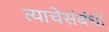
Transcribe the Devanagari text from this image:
त्याचेसंबंधी